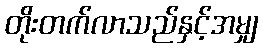
တိုးတက်လာသည်နှင့်အမျှ